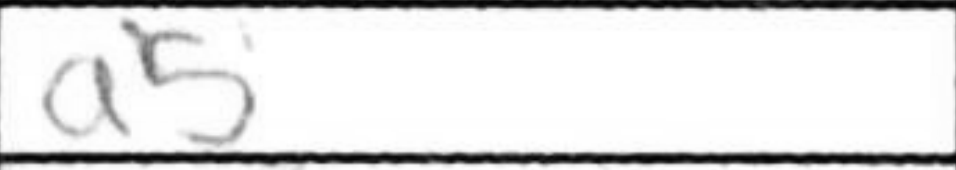
Transcription: a5